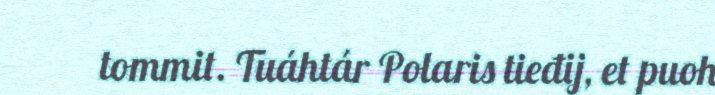
tommit. Tuáhtár Polaris tieđij, et puoh